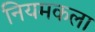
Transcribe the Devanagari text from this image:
नियमकला